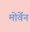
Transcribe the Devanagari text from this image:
मोर्वेन